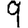
Digit: 9